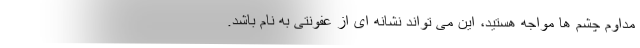
مداوم چشم ها مواجه هستید، این می تواند نشانه ای از عفونتی به نام باشد.